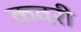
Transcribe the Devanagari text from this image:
कवरी